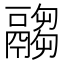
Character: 𩱈